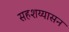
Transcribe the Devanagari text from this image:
सहशय्यासन